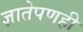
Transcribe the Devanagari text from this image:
ज्ञातेपणही